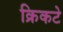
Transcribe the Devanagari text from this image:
क्रिकटे